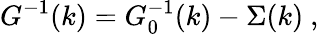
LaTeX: G^{-1}(k)=G_{0}^{-1}(k)-\Sigma(k)\ ,